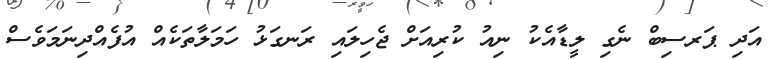
އަދި ޕަރސިބް ނެގި ލީޑާއެކު ނިއު ކުރިއަށް ޖެހިލައި ރަނގަޅު ހަމަލާތަކެއް އުފެއްދިނަމަވެސް